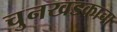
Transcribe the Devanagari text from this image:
चुनखडकाचा